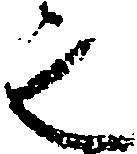
之